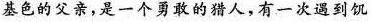
基色的父亲，是一个勇敢的猎人，有一次遇到饥